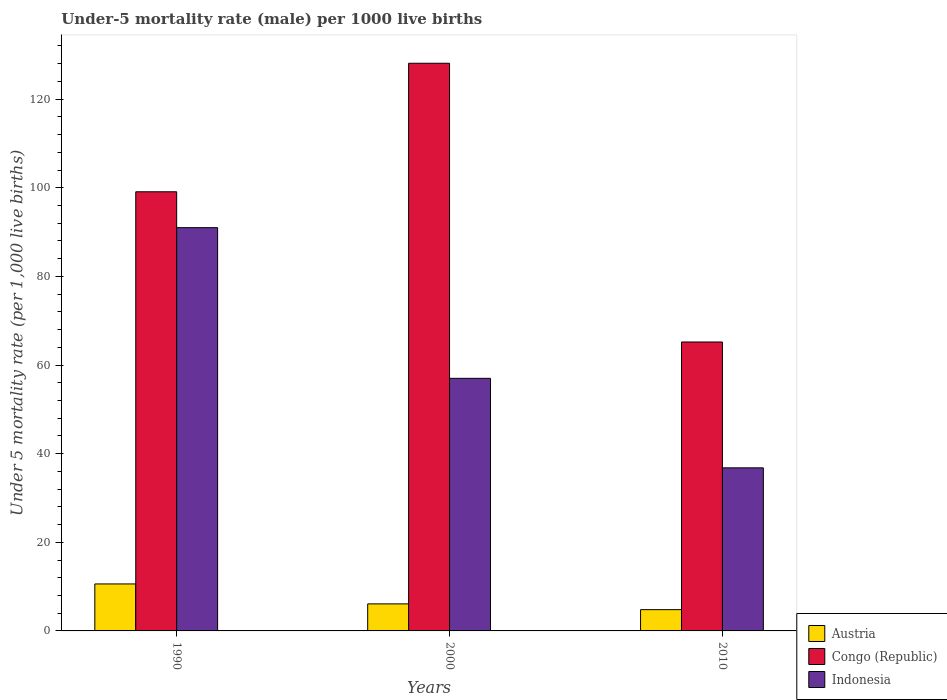
| Years | Austria | Congo (Republic) | Indonesia |
 | --- | --- | --- | --- |
 | 1990 | 10.6 | 99.1 | 91 |
 | 2000 | 6.1 | 128 | 57 |
 | 2010 | 4.8 | 65.2 | 36.8 |